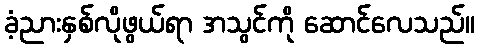
ခံ့ညားနှစ်လိုဖွယ်ရာ အသွင်ကို ဆောင်လေသည်။